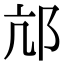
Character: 邟